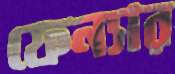
ফেন্যার